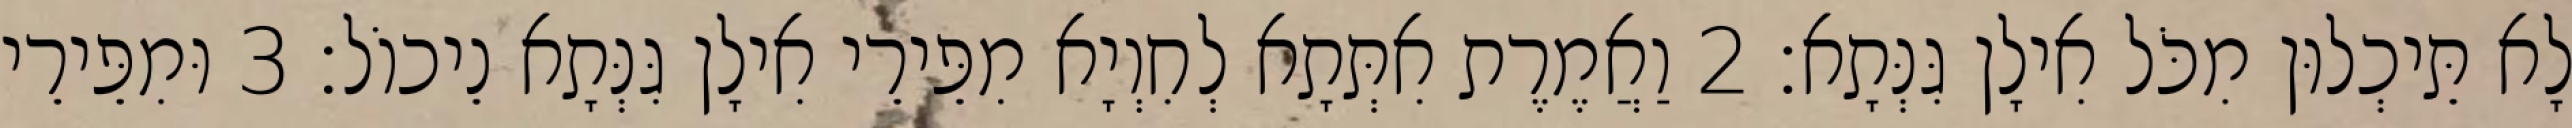
לָא תֵּיכְלוּן מִכֹּל אִילָן גִּנְּתָא׃ 2 וַאֲמֶרֶת אִתְּתָא לְחִוְיָא מִפֵּירֵי אִילָן גִּנְּתָא נֵיכוֹל׃ 3 וּמִפֵּירֵי